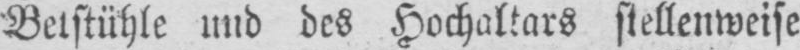
Betstühle und des Hochaltars stellenweise